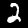
Label: 2